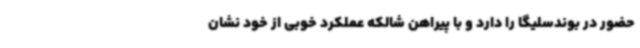
حضور در بوندسلیگا را دارد و با پیراهن شالکه عملکرد خوبی از خود نشان